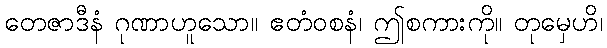
တေဇာဒီနံ ဂုဏာဟူသော။ ဧတံဝစနံ၊ ဤစကားကို။ တုမှေဟိ၊